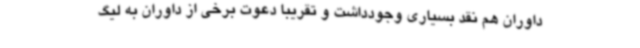
داوران هم نقد بسیاری وجودداشت و تقریبا دعوت برخی از داوران به لیگ